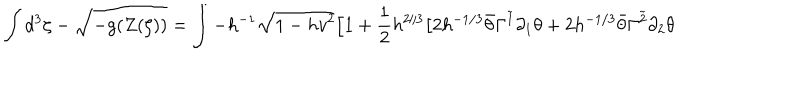
LaTeX: \int d ^ { 3 } \zeta - \sqrt { - g ( Z ( \zeta ) ) } = \int - h ^ { - 1 } \sqrt { 1 - h v ^ { 2 } } \Big [ 1 + \frac { 1 } { 2 } h ^ { 2 / 3 } \big [ 2 h ^ { - 1 / 3 } \bar { \theta } \Gamma ^ { \tilde { 1 } } \partial _ { 1 } \theta + 2 h ^ { - 1 / 3 } \bar { \theta } \Gamma ^ { \tilde { 2 } } \partial _ { 2 } \theta